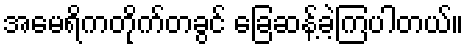
အမေရိကတိုက်တခွင် ခြေဆန့်ခဲ့ကြပါတယ်။